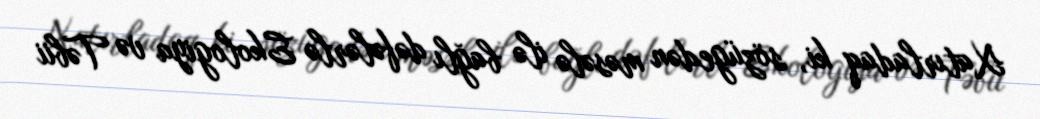
Xatırladaq ki, sözügedən məsələ ilə bağlı dəfələrlə Ekologiya və Təbii